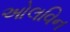
ઓલવિન